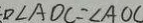
D \angle A O C = \angle A O C